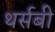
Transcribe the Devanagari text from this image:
थर्सबी